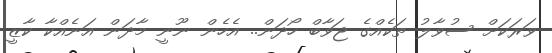
ވަރަކަށް ސުވާލު ތަކެއްގެ ޖަވާބް ހޯދަން.. އެހެން ނޫނީ މާދަން އަނެއްކާ ކާޒީ